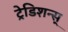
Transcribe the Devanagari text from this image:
ट्रेडिशन्स्‌